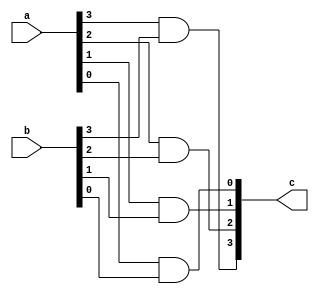
module and_4_bit(c, a, b);

    input [3:0] a, b;
    output [3:0] c;

    and and_g1(c[3], a[3], b[3]);
    and and_g2(c[2], a[2], b[2]);
    and and_g3(c[1], a[1], b[1]);
    and and_g4(c[0], a[0], b[0]);

endmodule